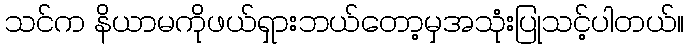
သင်က နိယာမကိုဖယ်ရှားဘယ်တော့မှအသုံးပြုသင့်ပါတယ်။